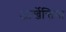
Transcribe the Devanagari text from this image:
आर्खेन्तिना